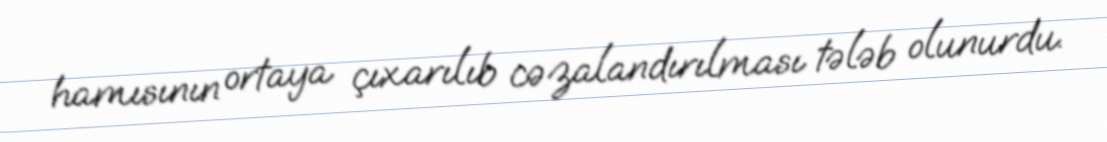
hamısının ortaya çıxarılıb cəzalandırılması tələb olunurdu.